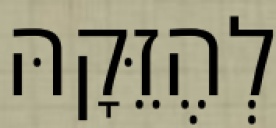
לְהֶזֵּקָהּ